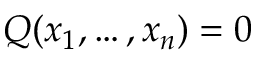
Q ( x _ { 1 } , \ldots , x _ { n } ) = 0